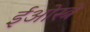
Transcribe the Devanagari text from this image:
ईओस्त्रे